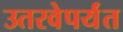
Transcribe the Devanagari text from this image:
उतरवेपर्यंत